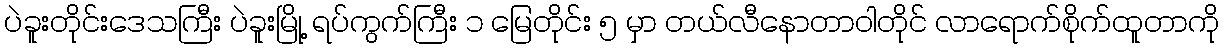
ပဲခူးတိုင်းဒေသကြီး ပဲခူးမြို့ ရပ်ကွက်ကြီး ၁ မြေတိုင်း ၅ မှာ တယ်လီနောတာဝါတိုင် လာရောက်စိုက်ထူတာကို